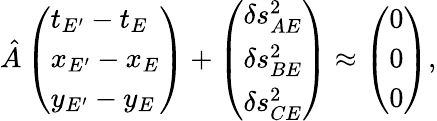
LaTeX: \hat{A}\left(\begin{array}{l}{t_{E^{\prime}}-t_{E}}\\ {x_{E^{\prime}}-x_{E}}\\ {y_{E^{\prime}}-y_{E}}\end{array}\right)+\left(\begin{array}{l}{\delta s_{AE}^{2}}\\ {\delta s_{BE}^{2}}\\ {\delta s_{CE}^{2}}\end{array}\right)\approx\left(\begin{array}{l}{0}\\ {0}\\ {0}\end{array}\right),